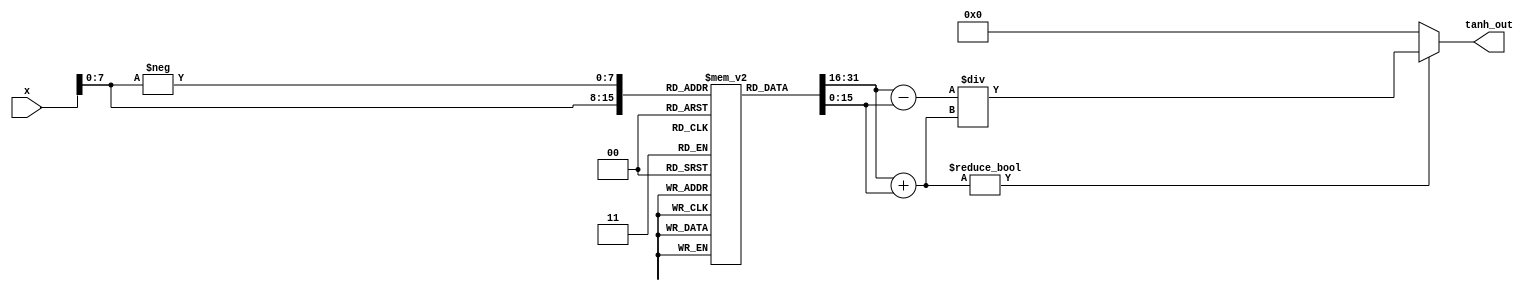
module tanh(
    input   signed [15:0] x,      // Input: 16-bit signed fixed-point
    output  signed [15:0] tanh_out // Output: 16-bit signed fixed-point
);
    // Exponential lookup table
    // For simplicity, we use a small table here; in practice, this may be larger.
    reg [15:0] exp_table [0:255]; // 256 entries for values of e^x
    initial begin
        // Initialize exponential lookup table
        // This is a simple example; values should be filled with actual exp calculations
        // For actual implementation, you would compute exp(x) for different values of x
        exp_table[0] = 16'h0001; // e^0
        exp_table[1] = 16'h0002; // e^0.01 (approx)
        // Fill in rest of table...
        exp_table[255] = 16'h7FFF; // Arbitrarily chosen max value for illustration
    end

    wire signed [15:0] exp_x;
    wire signed [15:0] exp_neg_x;
    
    // Assuming x is in fixed-point format and maps to [0, 1] for the table.
    assign exp_x = exp_table[x[7:0]]; // Lookup for e^x
    assign exp_neg_x = exp_table[-x[7:0]]; // Lookup for e^-x

    // Compute numerator and denominator
    wire signed [15:0] numerator = exp_x - exp_neg_x; // e^x - e^-x
    wire signed [15:0] denominator = exp_x + exp_neg_x; // e^x + e^-x

    // Compute tanh
    assign tanh_out = (denominator != 0) ? (numerator / denominator) : 16'h0000; // Protect against division by zero

endmodule